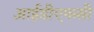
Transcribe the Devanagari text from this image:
आईडीएफसी